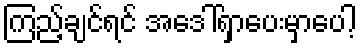
ကြည့်ချင်ရင် အဒေါ်ရှာပေးမှာပေါ့